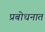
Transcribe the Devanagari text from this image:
प्रबोधनात